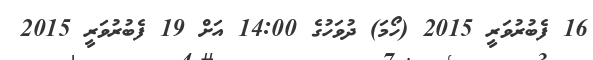
16 ފެބުރުވަރީ 2015 (ހޯމަ) ދުވަހުގެ 14:00 އަށް 19 ފެބުރުވަރީ 2015